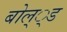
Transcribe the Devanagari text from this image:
बोल््ड